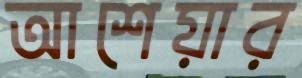
আশেয়ার